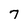
Character: 7